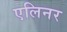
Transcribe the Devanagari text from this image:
एलिनर